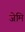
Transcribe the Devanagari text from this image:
जेमि